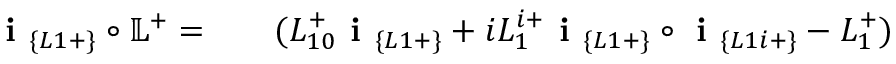
\begin{array} { r l r } { \textbf { i } _ { \{ L 1 + \} } \circ \mathbb { L } ^ { + } = } & { { } } & { ( L _ { 1 0 } ^ { + } \textbf { i } _ { \{ L 1 + \} } + i L _ { 1 } ^ { i + } \textbf { i } _ { \{ L 1 + \} } \circ \textbf { i } _ { \{ L 1 i + \} } - L _ { 1 } ^ { + } ) } \end{array}